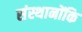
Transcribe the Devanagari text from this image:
संस्थानोंकि